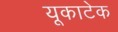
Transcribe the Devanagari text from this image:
यूकाटेक